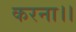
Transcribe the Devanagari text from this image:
करना।।